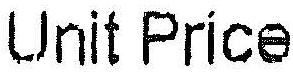
UNIT PRICE